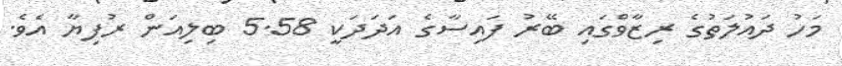
މަހު ދައުލަތުގެ ރިޒާވްގައި ބޭރު ފައިސާގެ އަދަދަކީ 5.58 ބިލިއަން ރުފިޔާ އެވެ.